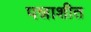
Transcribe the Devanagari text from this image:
पन्नाशीत